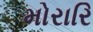
મોરારિ